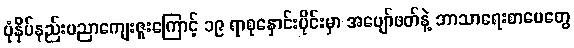
ပုံနှိပ်နည်းပညာကျေးဇူးကြောင့် ၁၉ ရာစုနှောင်းပိုင်းမှာ အပျော်ဖတ်နဲ့ ဘာသာရေးစာပေတွေ